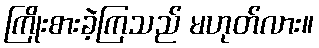
ကြိုးစားခဲ့ကြသည် မဟုတ်လား။